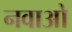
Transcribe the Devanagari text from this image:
नवाओ